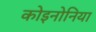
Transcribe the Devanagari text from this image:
कोइनोनिया